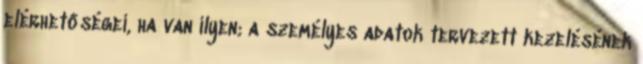
elérhetőségei, ha van ilyen; a személyes adatok tervezett kezelésének